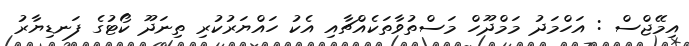
އިމޭޖްސް : އަހްމަދު މަމްދޫހް މަސްތުވާތަކެއްޗާއި އެކު ހައްޔަރުކުރި ތިނަދޫ ކޯޓުގެ ފަނޑިޔާރު